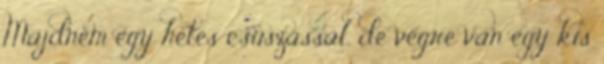
Majdnem egy hetes csúszással, de végre van egy kis